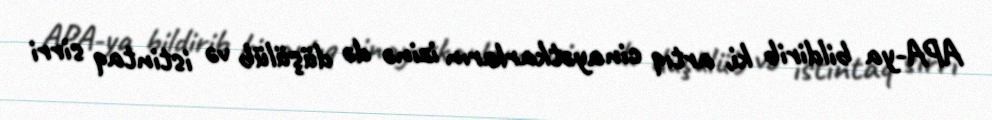
APA-ya bildirib ki, artıq cinayətkarların izinə də düşülüb və istintaq sirri